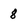
Character: 8